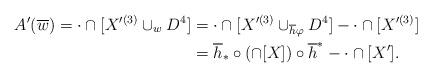
LaTeX: \begin{align*}A'(\overline{w})=\cdot \cap [X'^{(3)}\cup_w D^4] & =\cdot \cap [X'^{(3)}\cup_{\overline{h}\varphi} D^4] - \cdot \cap [X'^{(3)}] \\& = \overline{h}_* \circ (\cap [X]) \circ \overline{h}^* - \cdot \cap [X'].\end{align*}